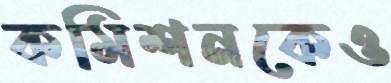
কমিশনকেও